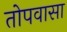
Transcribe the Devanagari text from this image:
तोपवासा